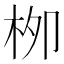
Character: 栁